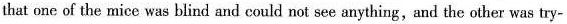
that one of the mice was blind and could not see anything,and the other was try-